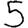
Digit: 5